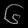
Digit: ၆